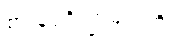
စားနပ်ရိက္ခာများကို